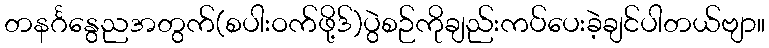
တနင်္ဂနွေညအတွက်(စပါးဝက်ဖို့ဒ်)ပွဲစဉ်ကိုချည်းကပ်ပေးခဲ့ချင်ပါတယ်ဗျာ။